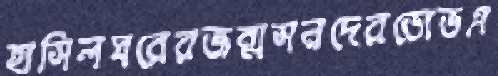
হাসিলঘরেরজন্মসনদেরডোডএ